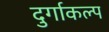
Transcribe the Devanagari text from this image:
दुर्गाकल्प